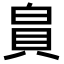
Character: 𪽾